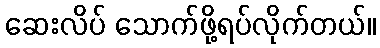
ဆေးလိပ် သောက်ဖို့ရပ်လိုက်တယ်။